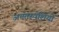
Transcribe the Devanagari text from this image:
अनंतस्पशियों